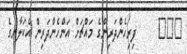
١٥٣     ފިރިހެންދަރިންގެ މައްޗަށް އަންހެންދަރިން އެކަލާނގެ